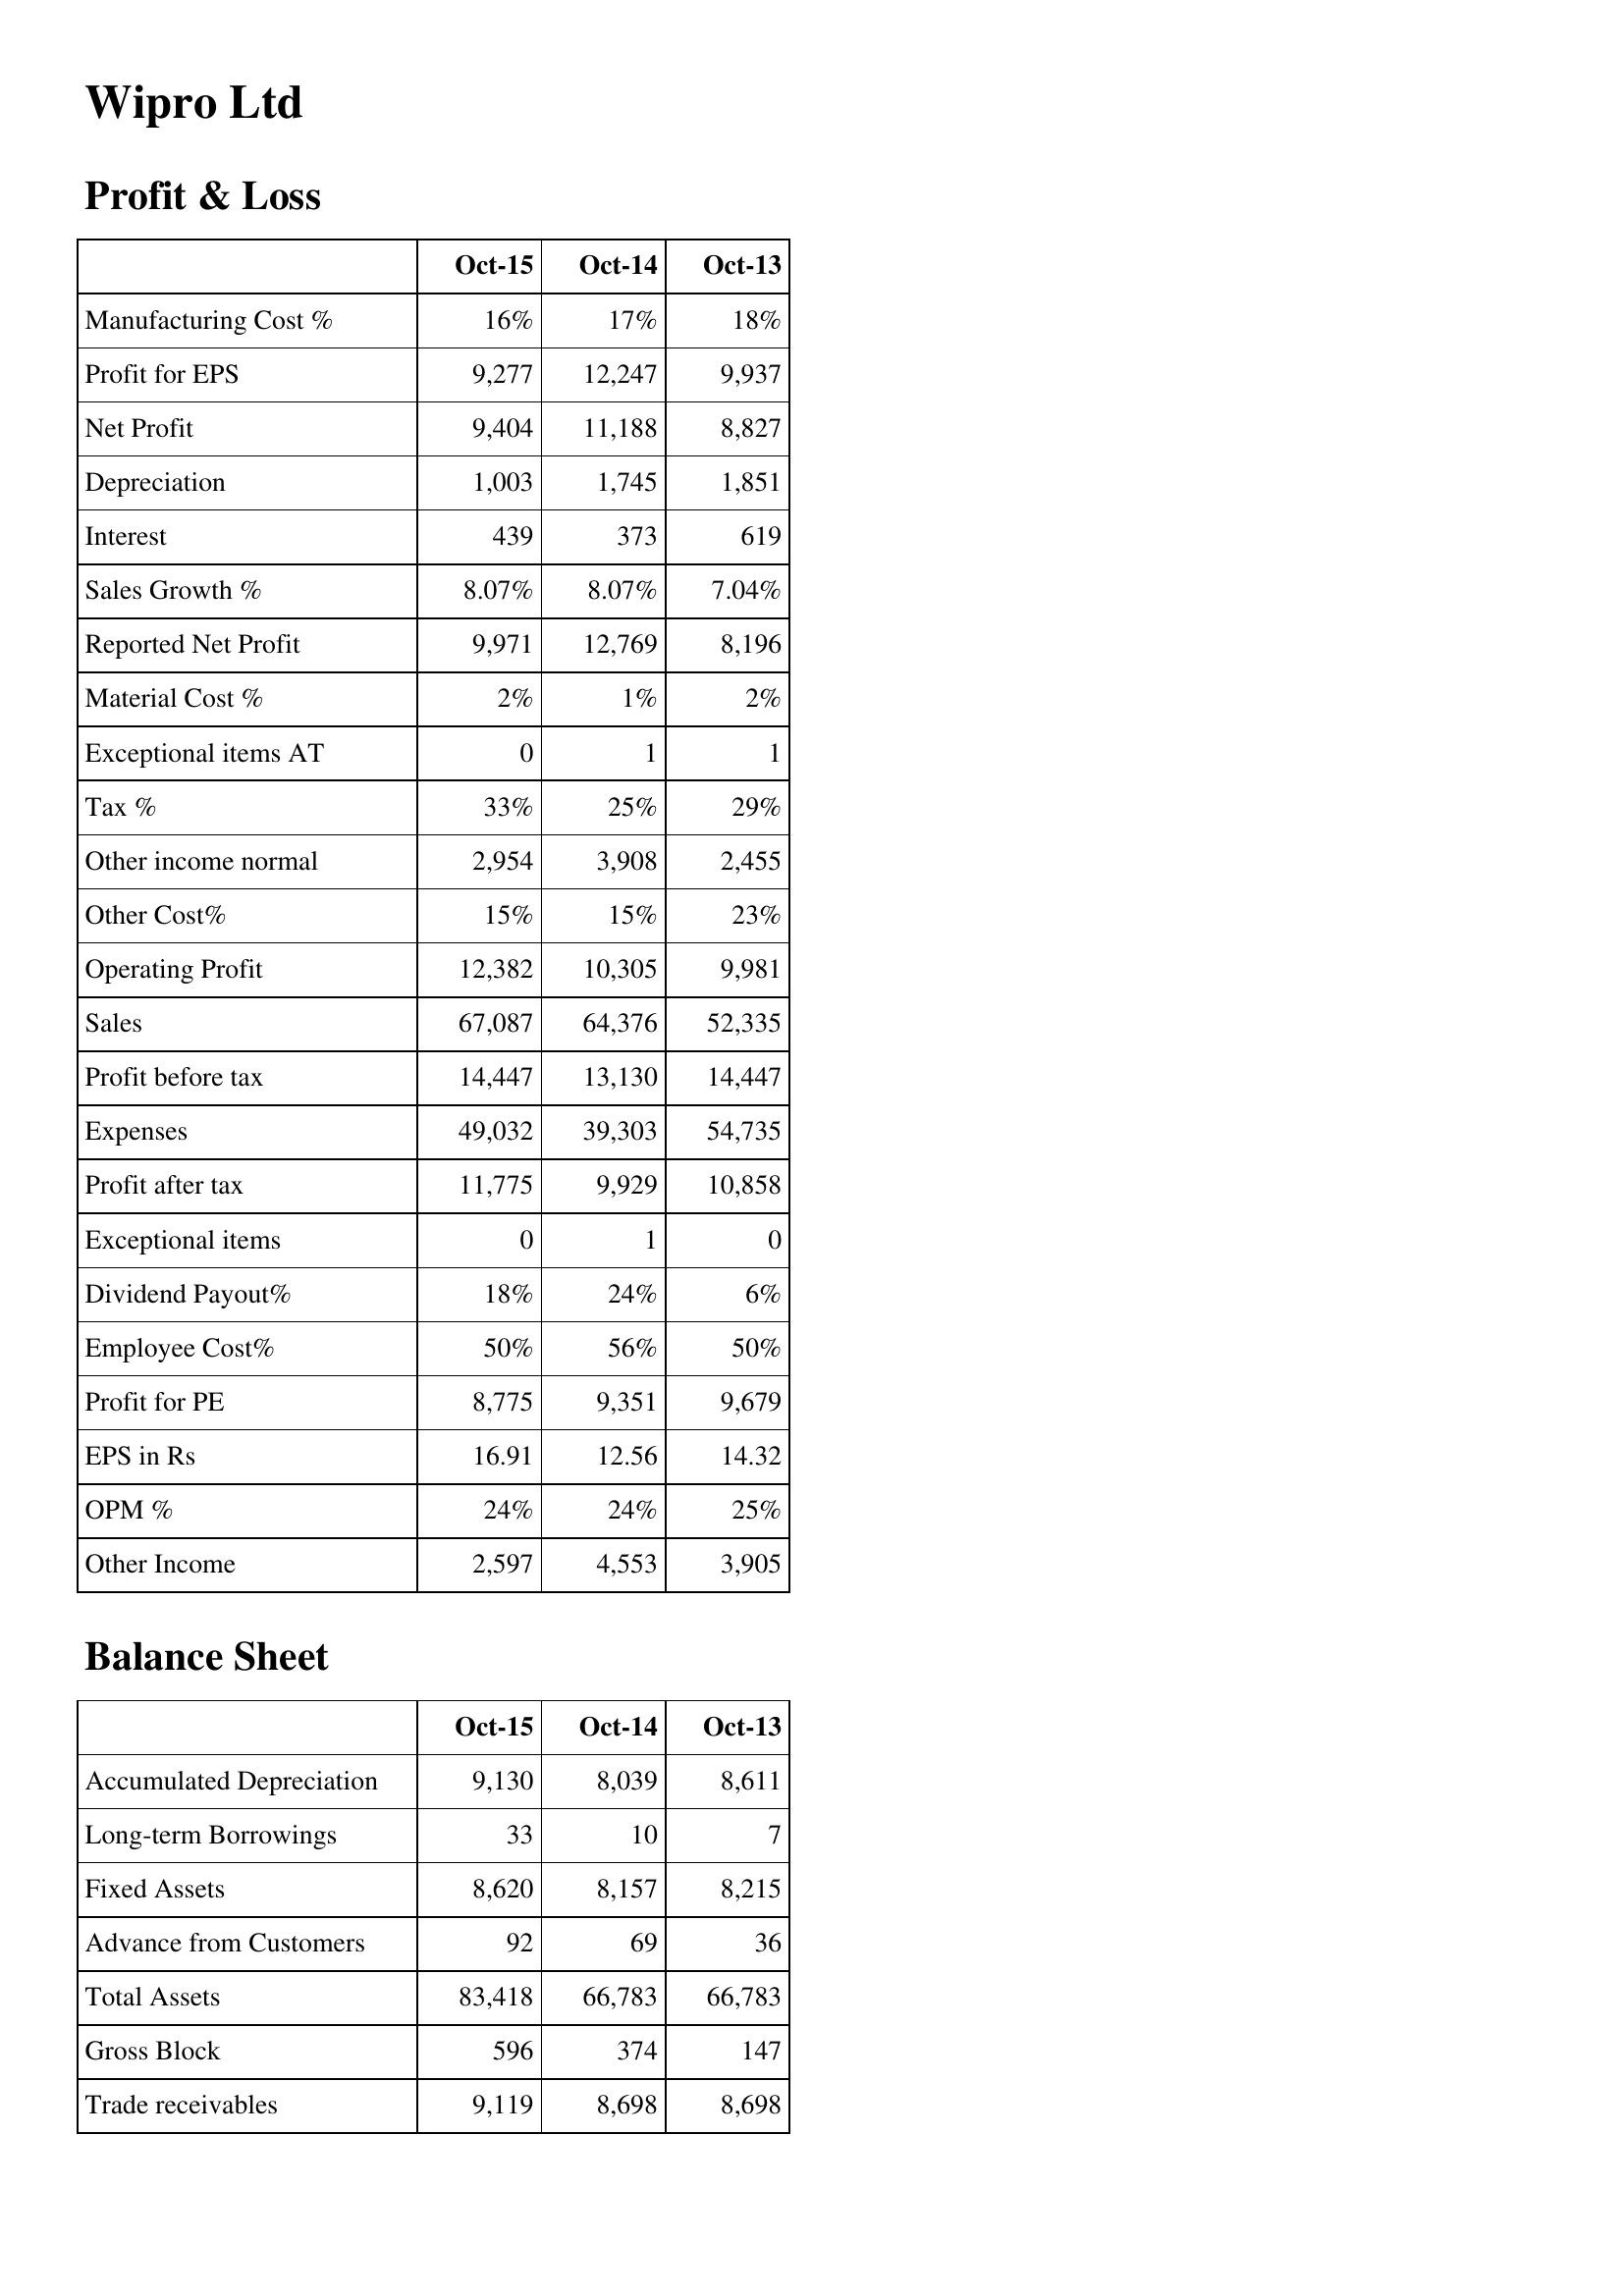
Oct-15: Profit & Loss: Manufacturing Cost %: 16%
Profit for EPS: 9,277
Net Profit: 9,404
Depreciation: 1,003
Interest: 439
Sales Growth %: 8.07%
Reported Net Profit: 9,971
Material Cost %: 2%
Exceptional items AT: 0
Tax %: 33%
Other income normal: 2,954
Other Cost%: 15%
Operating Profit: 12,382
Sales: 67,087
Profit before tax: 14,447
Expenses: 49,032
Profit after tax: 11,775
Exceptional items: 0
Dividend Payout%: 18%
Employee Cost%: 50%
Profit for PE: 8,775
EPS in Rs: 16.91
OPM %: 24%
Other Income: 2,597
Balance Sheet: Accumulated Depreciation: 9,130
Long-term Borrowings: 33
Fixed Assets: 8,620
Advance from Customers: 92
Total Assets: 83,418
Gross Block: 596
Trade receivables: 9,119
Oct-14: Profit & Loss: Manufacturing Cost %: 17%
Profit for EPS: 12,247
Net Profit: 11,188
Depreciation: 1,745
Interest: 373
Sales Growth %: 8.07%
Reported Net Profit: 12,769
Material Cost %: 1%
Exceptional items AT: 1
Tax %: 25%
Other income normal: 3,908
Other Cost%: 15%
Operating Profit: 10,305
Sales: 64,376
Profit before tax: 13,130
Expenses: 39,303
Profit after tax: 9,929
Exceptional items: 1
Dividend Payout%: 24%
Employee Cost%: 56%
Profit for PE: 9,351
EPS in Rs: 12.56
OPM %: 24%
Other Income: 4,553
Balance Sheet: Accumulated Depreciation: 8,039
Long-term Borrowings: 10
Fixed Assets: 8,157
Advance from Customers: 69
Total Assets: 66,783
Gross Block: 374
Trade receivables: 8,698
Oct-13: Profit & Loss: Manufacturing Cost %: 18%
Profit for EPS: 9,937
Net Profit: 8,827
Depreciation: 1,851
Interest: 619
Sales Growth %: 7.04%
Reported Net Profit: 8,196
Material Cost %: 2%
Exceptional items AT: 1
Tax %: 29%
Other income normal: 2,455
Other Cost%: 23%
Operating Profit: 9,981
Sales: 52,335
Profit before tax: 14,447
Expenses: 54,735
Profit after tax: 10,858
Exceptional items: 0
Dividend Payout%: 6%
Employee Cost%: 50%
Profit for PE: 9,679
EPS in Rs: 14.32
OPM %: 25%
Other Income: 3,905
Balance Sheet: Accumulated Depreciation: 8,611
Long-term Borrowings: 7
Fixed Assets: 8,215
Advance from Customers: 36
Total Assets: 66,783
Gross Block: 147
Trade receivables: 8,698